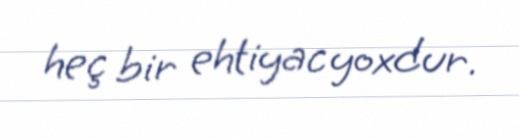
heç bir ehtiyac yoxdur.